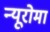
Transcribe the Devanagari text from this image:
न्यूरोमा